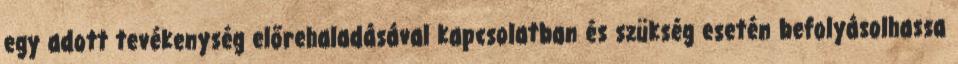
egy adott tevékenység előrehaladásával kapcsolatban és szükség esetén befolyásolhassa